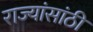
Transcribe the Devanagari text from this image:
राज्यांसांठी